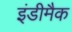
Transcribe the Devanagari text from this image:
इंडीमैक